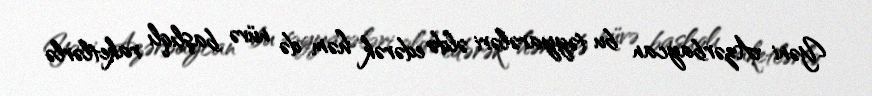
Yəni Azərbaycan bu təyyarələri əldə edərək həm də nüvə başlıqlı raketlərlə